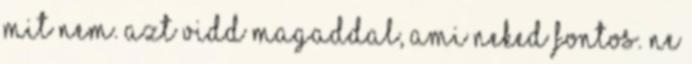
mit nem. Azt vidd magaddal, ami Neked fontos. Ne